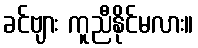
ခင်ဗျား ကူညီနိုင်မလား။